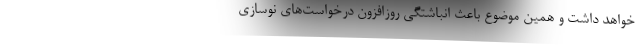
خواهد داشت و همین موضوع باعث انباشتگی روزافزون درخواست‌های نوسازی